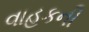
વાહકની